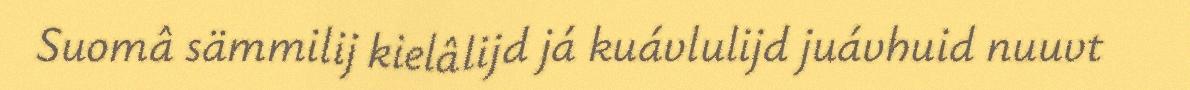
Suomâ sämmilij kielâlijd já kuávlulijd juávhuid nuuvt